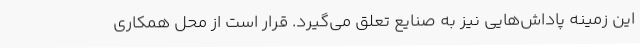
این زمینه پاداش‌هایی نیز به صنایع تعلق می‌گیرد. قرار است از محل همکاری